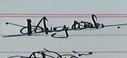
Signature authenticity: genuine